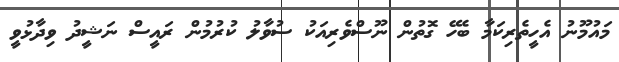
މައުމޫނު އެހީތެރިކަމާ ބެހޭ ގޮތުން ނޫސްވެރިއަކު ސުވާލު ކުރުމުން ރައީސް ނަޝީދު ވިދާޅުވީ